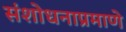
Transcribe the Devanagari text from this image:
संशोधनाप्रमाणे